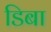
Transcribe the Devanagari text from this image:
डिबा